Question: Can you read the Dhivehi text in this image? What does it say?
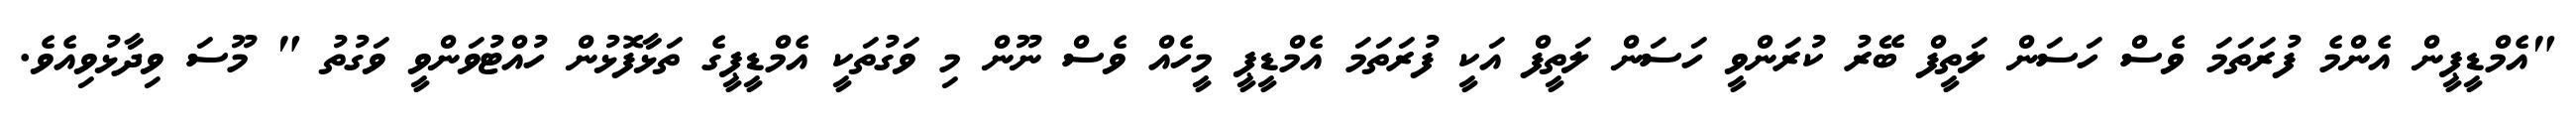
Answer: "އެމްޑީޕީން އެންމެ ފުރަތަމަ ވެސް ހަސަން ލަތީފް ބޭރު ކުރަންވީ ހަސަން ލަތީފް އަކީ ފުރަތަމަ އެމްޑީޕީ މީހެއް ވެސް ނޫން މި ވަގުތަކީ އެމްޑީޕީގެ ތަޅާފޮޅުން ހުއްޓުވަންވީ ވަގުތު " މޫސަ ވިދާޅުވިއެވެ.